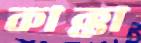
কাক্কা